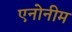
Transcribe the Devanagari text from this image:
एनोनीम